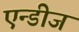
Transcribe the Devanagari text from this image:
एन्डीज